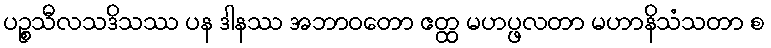
ပဉ္စသီလသဒိသဿ ပန ဒါနဿ အဘာဝတော ဧတ္ထ မဟပ္ဖလတာ မဟာနိသံသတာ စ